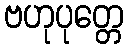
ဗဟုပုတ္တေ